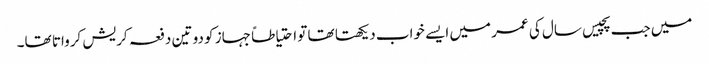
میں جب پچیس سال کی عمر میں ایسے خواب دیکھتا تھا تو احتیاطاً جہاز کو دو تین دفعہ کریش کرواتا تھا۔